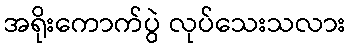
အရိုးကောက်ပွဲ လုပ်သေးသလား